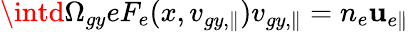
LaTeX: \intd\Omega_{gy}eF_{e}(x,v_{gy,\parallel})v_{gy,\parallel}=n_{e}\mathbf{u}_{e\parallel}